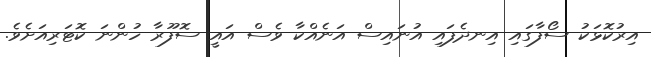
އިރުކޮޅަކު ސޯފާގައި އިނދެފައި އުނައިސް އަނެއްކާ ވެސް އައީ ސޮފޫރާ ހުންނަ ކޮޓަރިއަށެވެ.